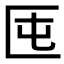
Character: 𠤲